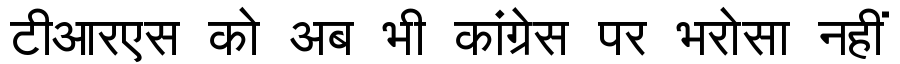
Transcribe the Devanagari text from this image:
टीआरएस को अब भी कांग्रेस पर भरोसा नहीं